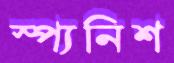
স্প্যনিশ